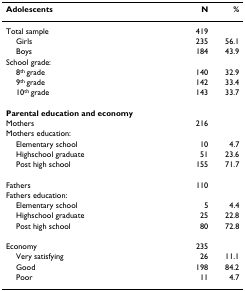
| Adolescents | N | % |
 | --- | --- | --- |
 | Total sample | 419 |  |
 | Girls | 235 | 56.1 |
 | Boys | 184 | 43.9 |
 | School grade: |  |  |
 | 8th grade | 140 | 32.9 |
 | 9th grade | 142 | 33.4 |
 | 10th grade | 143 | 33.7 |
 | Parental education and economy |  |  |
 | Mothers | 216 |  |
 | Mothers education: |  |  |
 | Elementary school | 10 | 4.7 |
 | Highschool graduate | 51 | 23.6 |
 | Post high school | 155 | 71.7 |
 | Fathers | 110 |  |
 | Fathers education: |  |  |
 | Elementary school | 5 | 4.4 |
 | Highschool graduate | 25 | 22.8 |
 | Post high school | 80 | 72.8 |
 | Economy | 235 |  |
 | Very satisfying | 26 | 11.1 |
 | Good | 198 | 84.2 |
 | Poor | 11 | 4.7 |